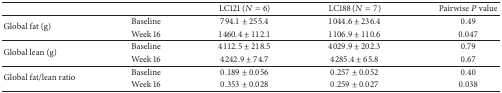
|  |  | LC121 (N = 6) | LC188 (N = 7) | Pairwise P value |
 | --- | --- | --- | --- | --- |
 | <ROWSPAN=2> Global fat (g) | Baseline | 794.1 ± 255.4 | 1044.6 ± 236.4 | 0.49 |
 | Week 16 | 1460.4 ± 112.1 | 1106.9 ± 110.6 | 0.047 |
 | <ROWSPAN=2> Global lean (g) | Baseline | 4112.5 ± 218.5 | 4029.9 ± 202.3 | 0.79 |
 | Week 16 | 4242.9 ± 74.7 | 4285.4 ± 65.8 | 0.67 |
 | <ROWSPAN=2> Global fat/lean ratio | Baseline | 0.189 ± 0.056 | 0.257 ± 0.052 | 0.40 |
 | Week 16 | 0.353 ± 0.028 | 0.259 ± 0.027 | 0.038 |